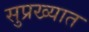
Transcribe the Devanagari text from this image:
सुप्रख्यात